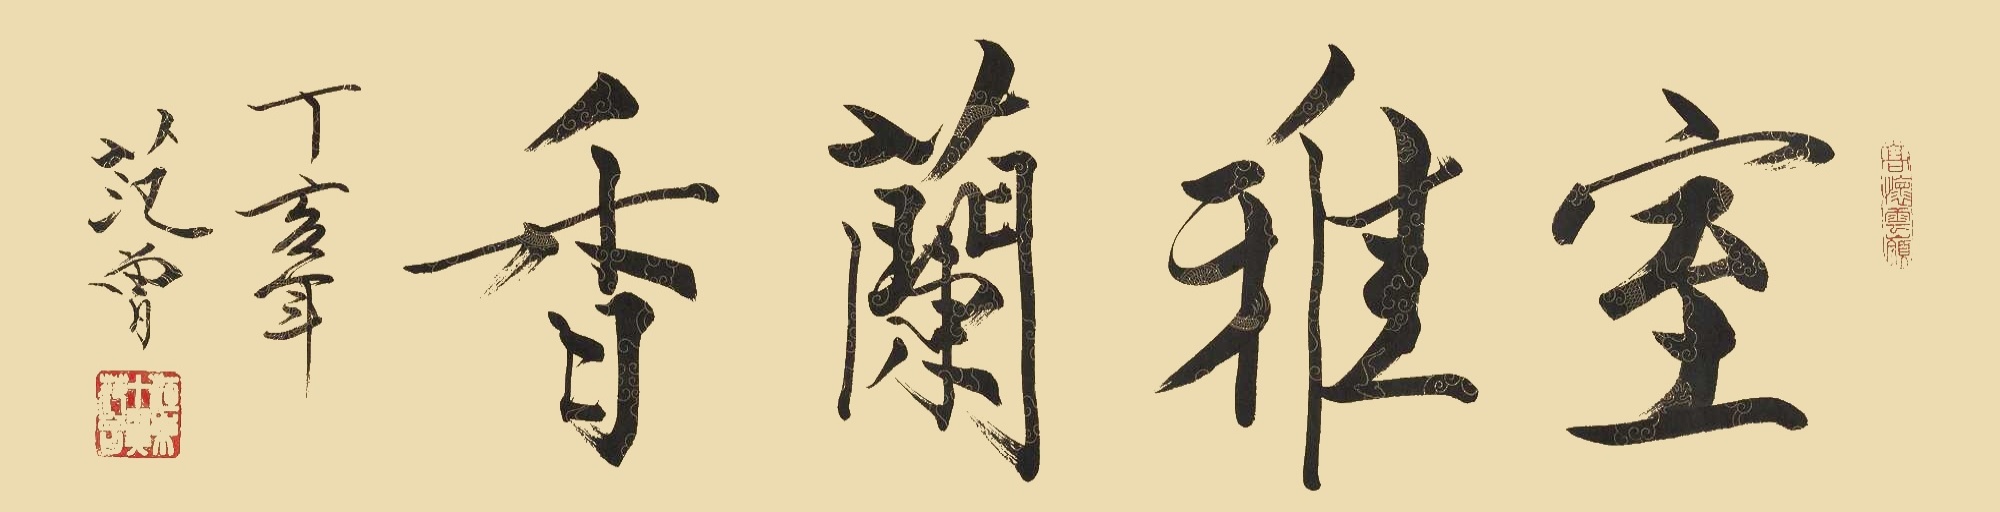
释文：室雅兰香丁亥年，范曾。